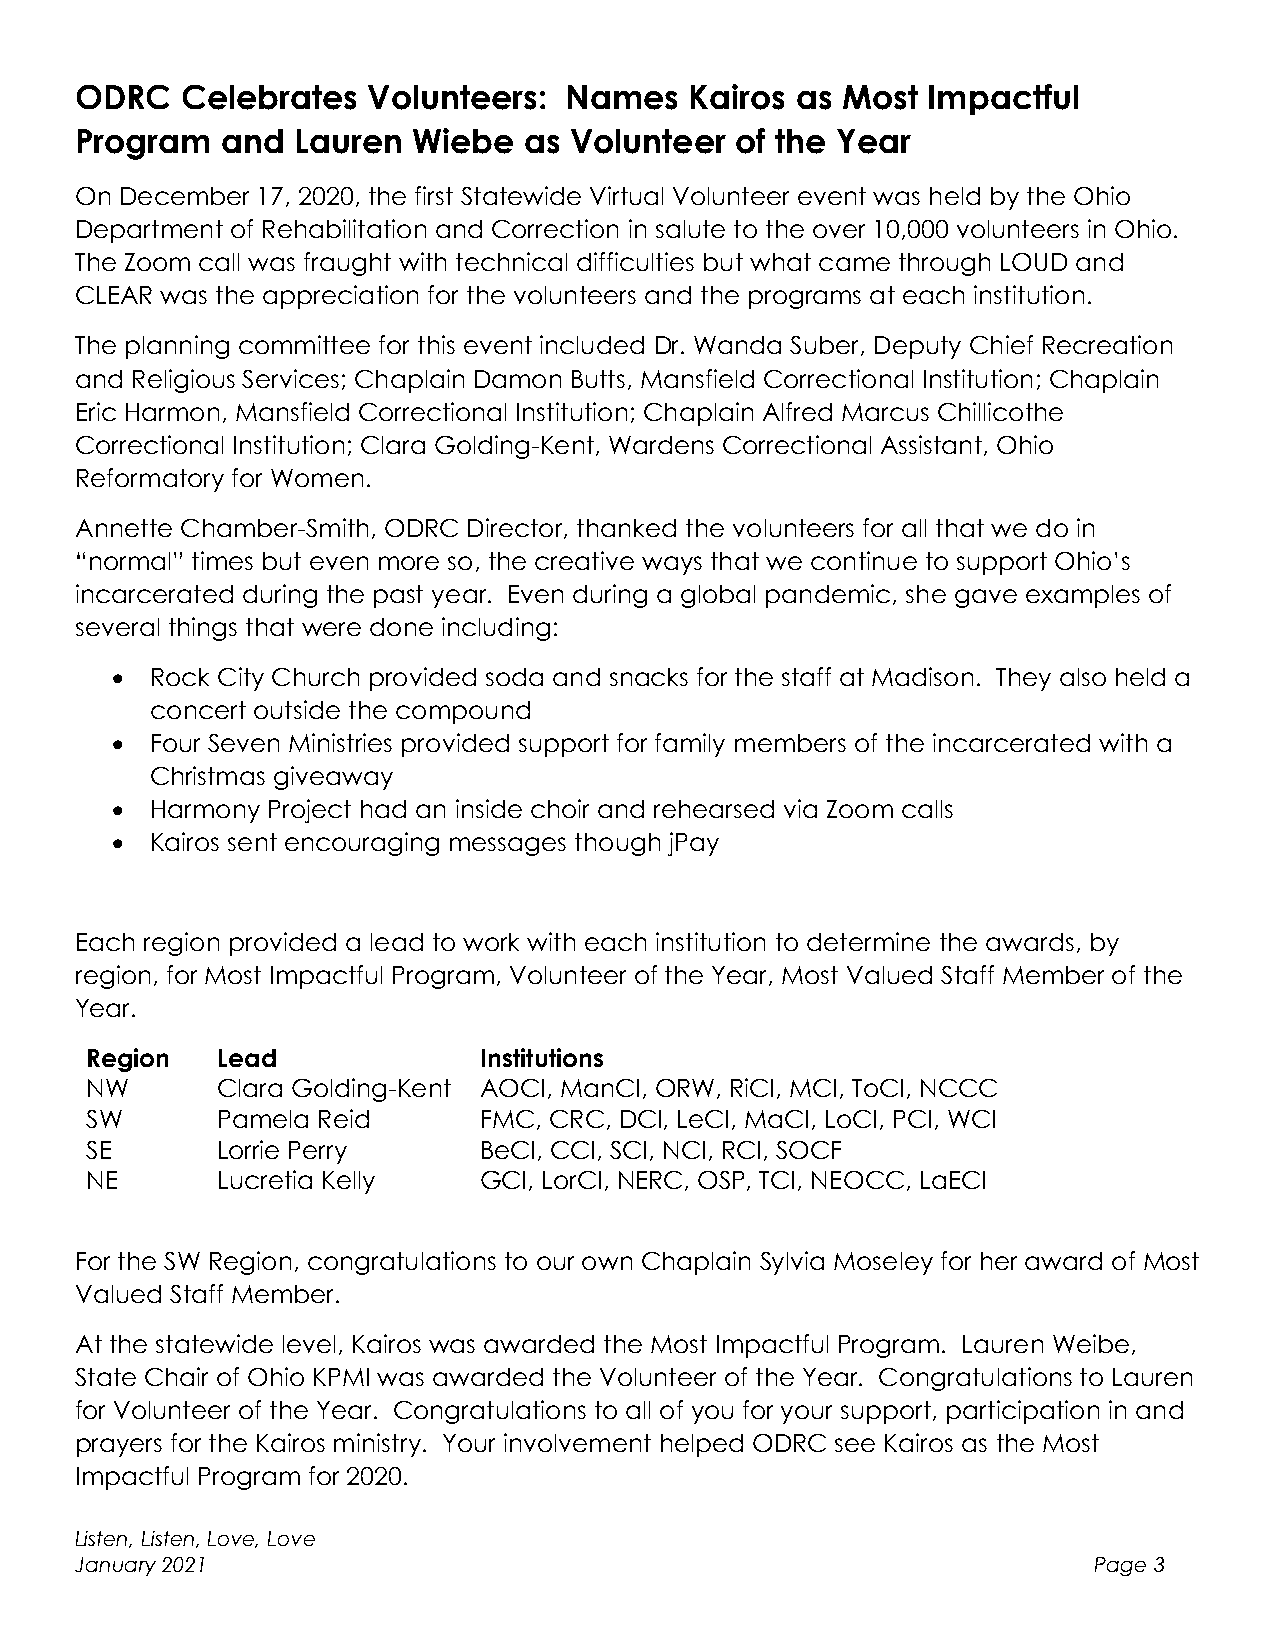
ODRC   Celebrates  Volunteers:  Names    Kairos as Most Impactful
 Program   and Lauren  Wiebe   as Volunteer  of the Year
 On December 17, 2020, the first Statewide Virtual Volunteer event was held by the Ohio
 Department of Rehabilitation and Correction in salute to the over 10,000 volunteers in Ohio.
 The Zoom call was fraught with technical difficulties but what came through LOUD and
 CLEAR was the appreciation for the volunteers and the programs at each institution.
 The planning committee for this event included Dr. Wanda Suber, Deputy Chief Recreation
 and Religious Services; Chaplain Damon Butts, Mansfield Correctional Institution; Chaplain
 Eric Harmon, Mansfield Correctional Institution; Chaplain Alfred Marcus Chillicothe
 Correctional Institution; Clara Golding-Kent, Wardens Correctional Assistant, Ohio
 Reformatory for Women.
 Annette Chamber-Smith, ODRC Director, thanked the volunteers for all that we do in
 “normal” times but even more so, the creative ways that we continue to support Ohio’s
 incarcerated during the past year. Even during a global pandemic, she gave examples of
 several things that were done including:
 •  Rock City Church provided soda and snacks for the staff at Madison. They also held a
 concert outside the compound
 •  Four Seven Ministries provided support for family members of the incarcerated with a
 Christmas giveaway
 •  Harmony Project had an inside choir and rehearsed via Zoom calls
 •  Kairos sent encouraging messages though jPay
 Each region provided a lead to work with each institution to determine the awards, by
 region, for Most Impactful Program, Volunteer of the Year, Most Valued Staff Member of the
 Year.
 Region  Lead              Institutions
 NW      Clara Golding-Kent AOCI, ManCI, ORW, RiCI, MCI, ToCI, NCCC
 SW      Pamela Reid       FMC, CRC, DCI, LeCI, MaCI, LoCI, PCI, WCI
 SE      Lorrie Perry      BeCI, CCI, SCI, NCI, RCI, SOCF
 NE      Lucretia Kelly    GCI, LorCI, NERC, OSP, TCI, NEOCC, LaECI
 For the SW Region, congratulations to our own Chaplain Sylvia Moseley for her award of Most
 Valued Staff Member.
 At the statewide level, Kairos was awarded the Most Impactful Program. Lauren Weibe,
 State Chair of Ohio KPMI was awarded the Volunteer of the Year. Congratulations to Lauren
 for Volunteer of the Year. Congratulations to all of you for your support, participation in and
 prayers for the Kairos ministry. Your involvement helped ODRC see Kairos as the Most
 Impactful Program for 2020.
 Listen, Listen, Love, Love
 January 2021                                                       Page 3